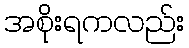
အစိုးရကလည်း